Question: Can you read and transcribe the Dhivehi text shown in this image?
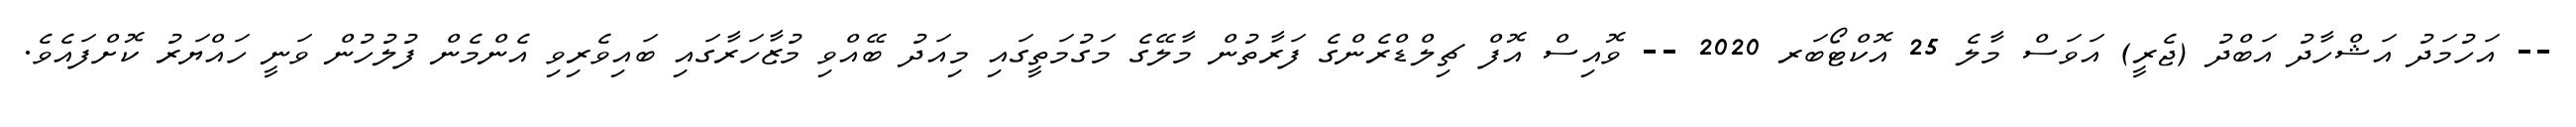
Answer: -- އަހުމަދު އަޝްހާދު އަބްދު (ޖެރީ) އަވަސް މާލެ 25 އޮކްޓޯބަރ 2020 -- ވޮއިސް އޮފް ޗިލްޑްރެންގެ ފަރާތުން މާލޭގެ މަގުމަތީގައި މިއަދު ބޭއްވި މުޒާހަރާގައި ބައިވެރިވި އެންމެން ފުލުހުން ވަނީ ހައްޔަރު ކޮށްފައެވެ.